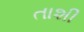
તાશી